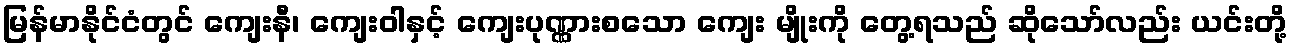
မြန်မာနိုင်ငံတွင် ကျေးနီ၊ ကျေးဝါနှင့် ကျေးပုဏ္ဏားစသော ကျေး မျိုးကို တွေ့ရသည် ဆိုသော်လည်း ယင်းတို့